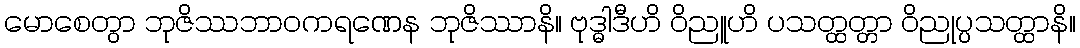
မောစေတွာ ဘုဇိဿဘာဝကရဏေန ဘုဇိဿာနိ။ ဗုဒ္ဓါဒီဟိ ဝိညူဟိ ပသတ္ထတ္တာ ဝိညုပ္ပသတ္ထာနိ။